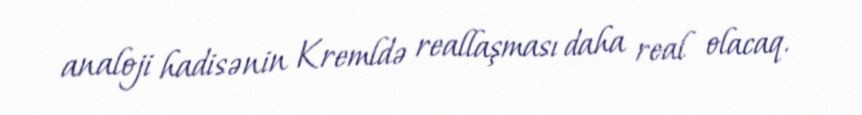
analoji hadisənin Kremldə reallaşması daha real olacaq.